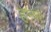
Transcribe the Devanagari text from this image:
हेन्स्